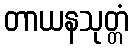
တာယနသုတ္တံ